Punjab Mental Hospital Lahore 1932-46 - 1932-1946
Year: 1932
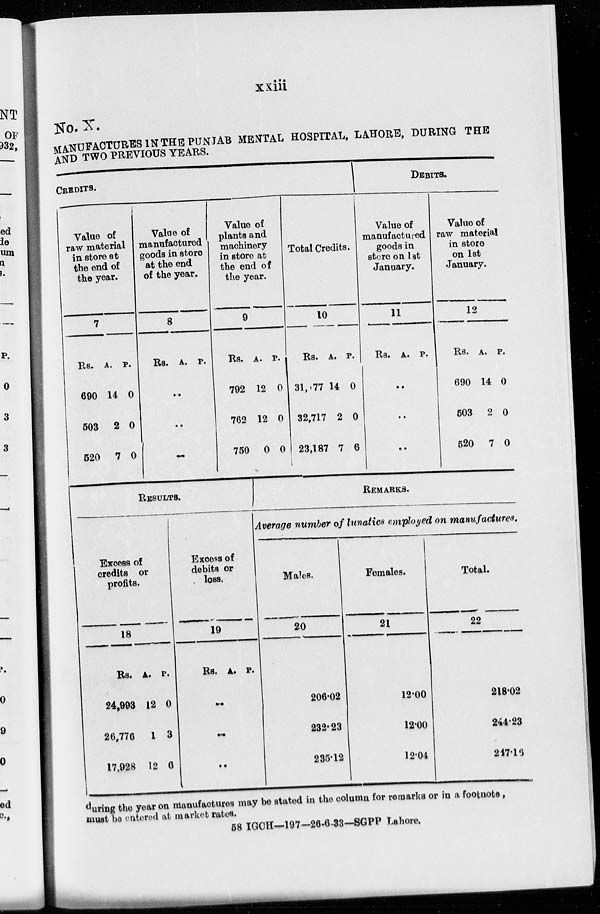
xxiii
No. X.
MANUFACTURES IN THE PUNJAB MENTAL HOSPITAL, LAHORE, DURING THE
AND TWO PREVIOUS YEARS.
CREDITS.
1
Value of
raw material
in store at
the end of
the year.
7
Rs.
690
503
520
A.
14
2
7
P.
0
0
0
Value of
manufactured
goods in store
at the end
of the year.
8
Rs. A. P.
..
..
..
Value of
plants and
machinery
in store at
the end of
the year.
9
Rs.
792
762
750
RESULTS.
Excess of
credits or
profits.
18
Rs.
24,993
26,776
17,928
A.
12
1
12
P.
0
3
6
Excess of
debits or
loss.
19
Rs. A. P.
..
..
..
A.
12
12
0
P.
0
0
0
Total Credits.
10
Rs.
31,177
32,717
23,187
A.
14
2
7
P.
0
0
6
DEBITS.
Value of
manufactured
goods in
store on 1st
January.
11
Rs. A. P.
..
..
..
Value of
raw material
in store
on 1st
January.
12
Rs.
690
503
520
A.
14
2
7
P.
0
0
0
REMARKS.
Average number of lunatics employed on manufactures.
Males.
20
206.02
232.23
235.12
Females.
21
12.00
12.00
12.04
Total.
22
218.02
244.23
247.19
during the year on manufactures may be stated in the column for remarks or in a footnote,
must be entered at market rates.
58 IGCH-197-26-6-33-SGPP Lahore.